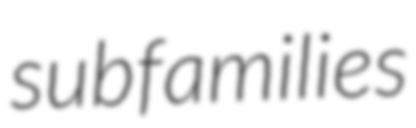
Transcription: subfamilies